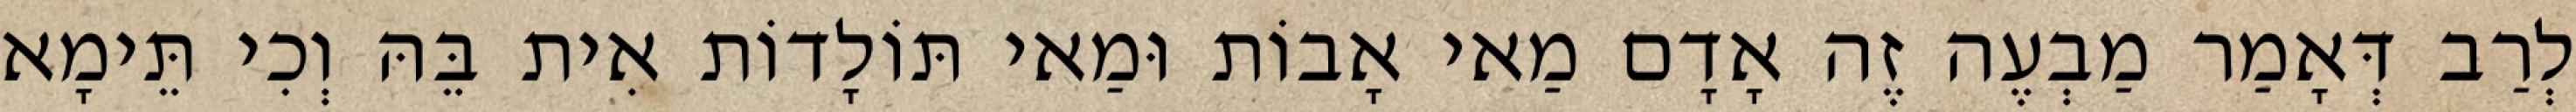
לְרַב דְּאָמַר מַבְעֶה זֶה אָדָם מַאי אָבוֹת וּמַאי תּוֹלָדוֹת אִית בֵּהּ וְכִי תֵּימָא